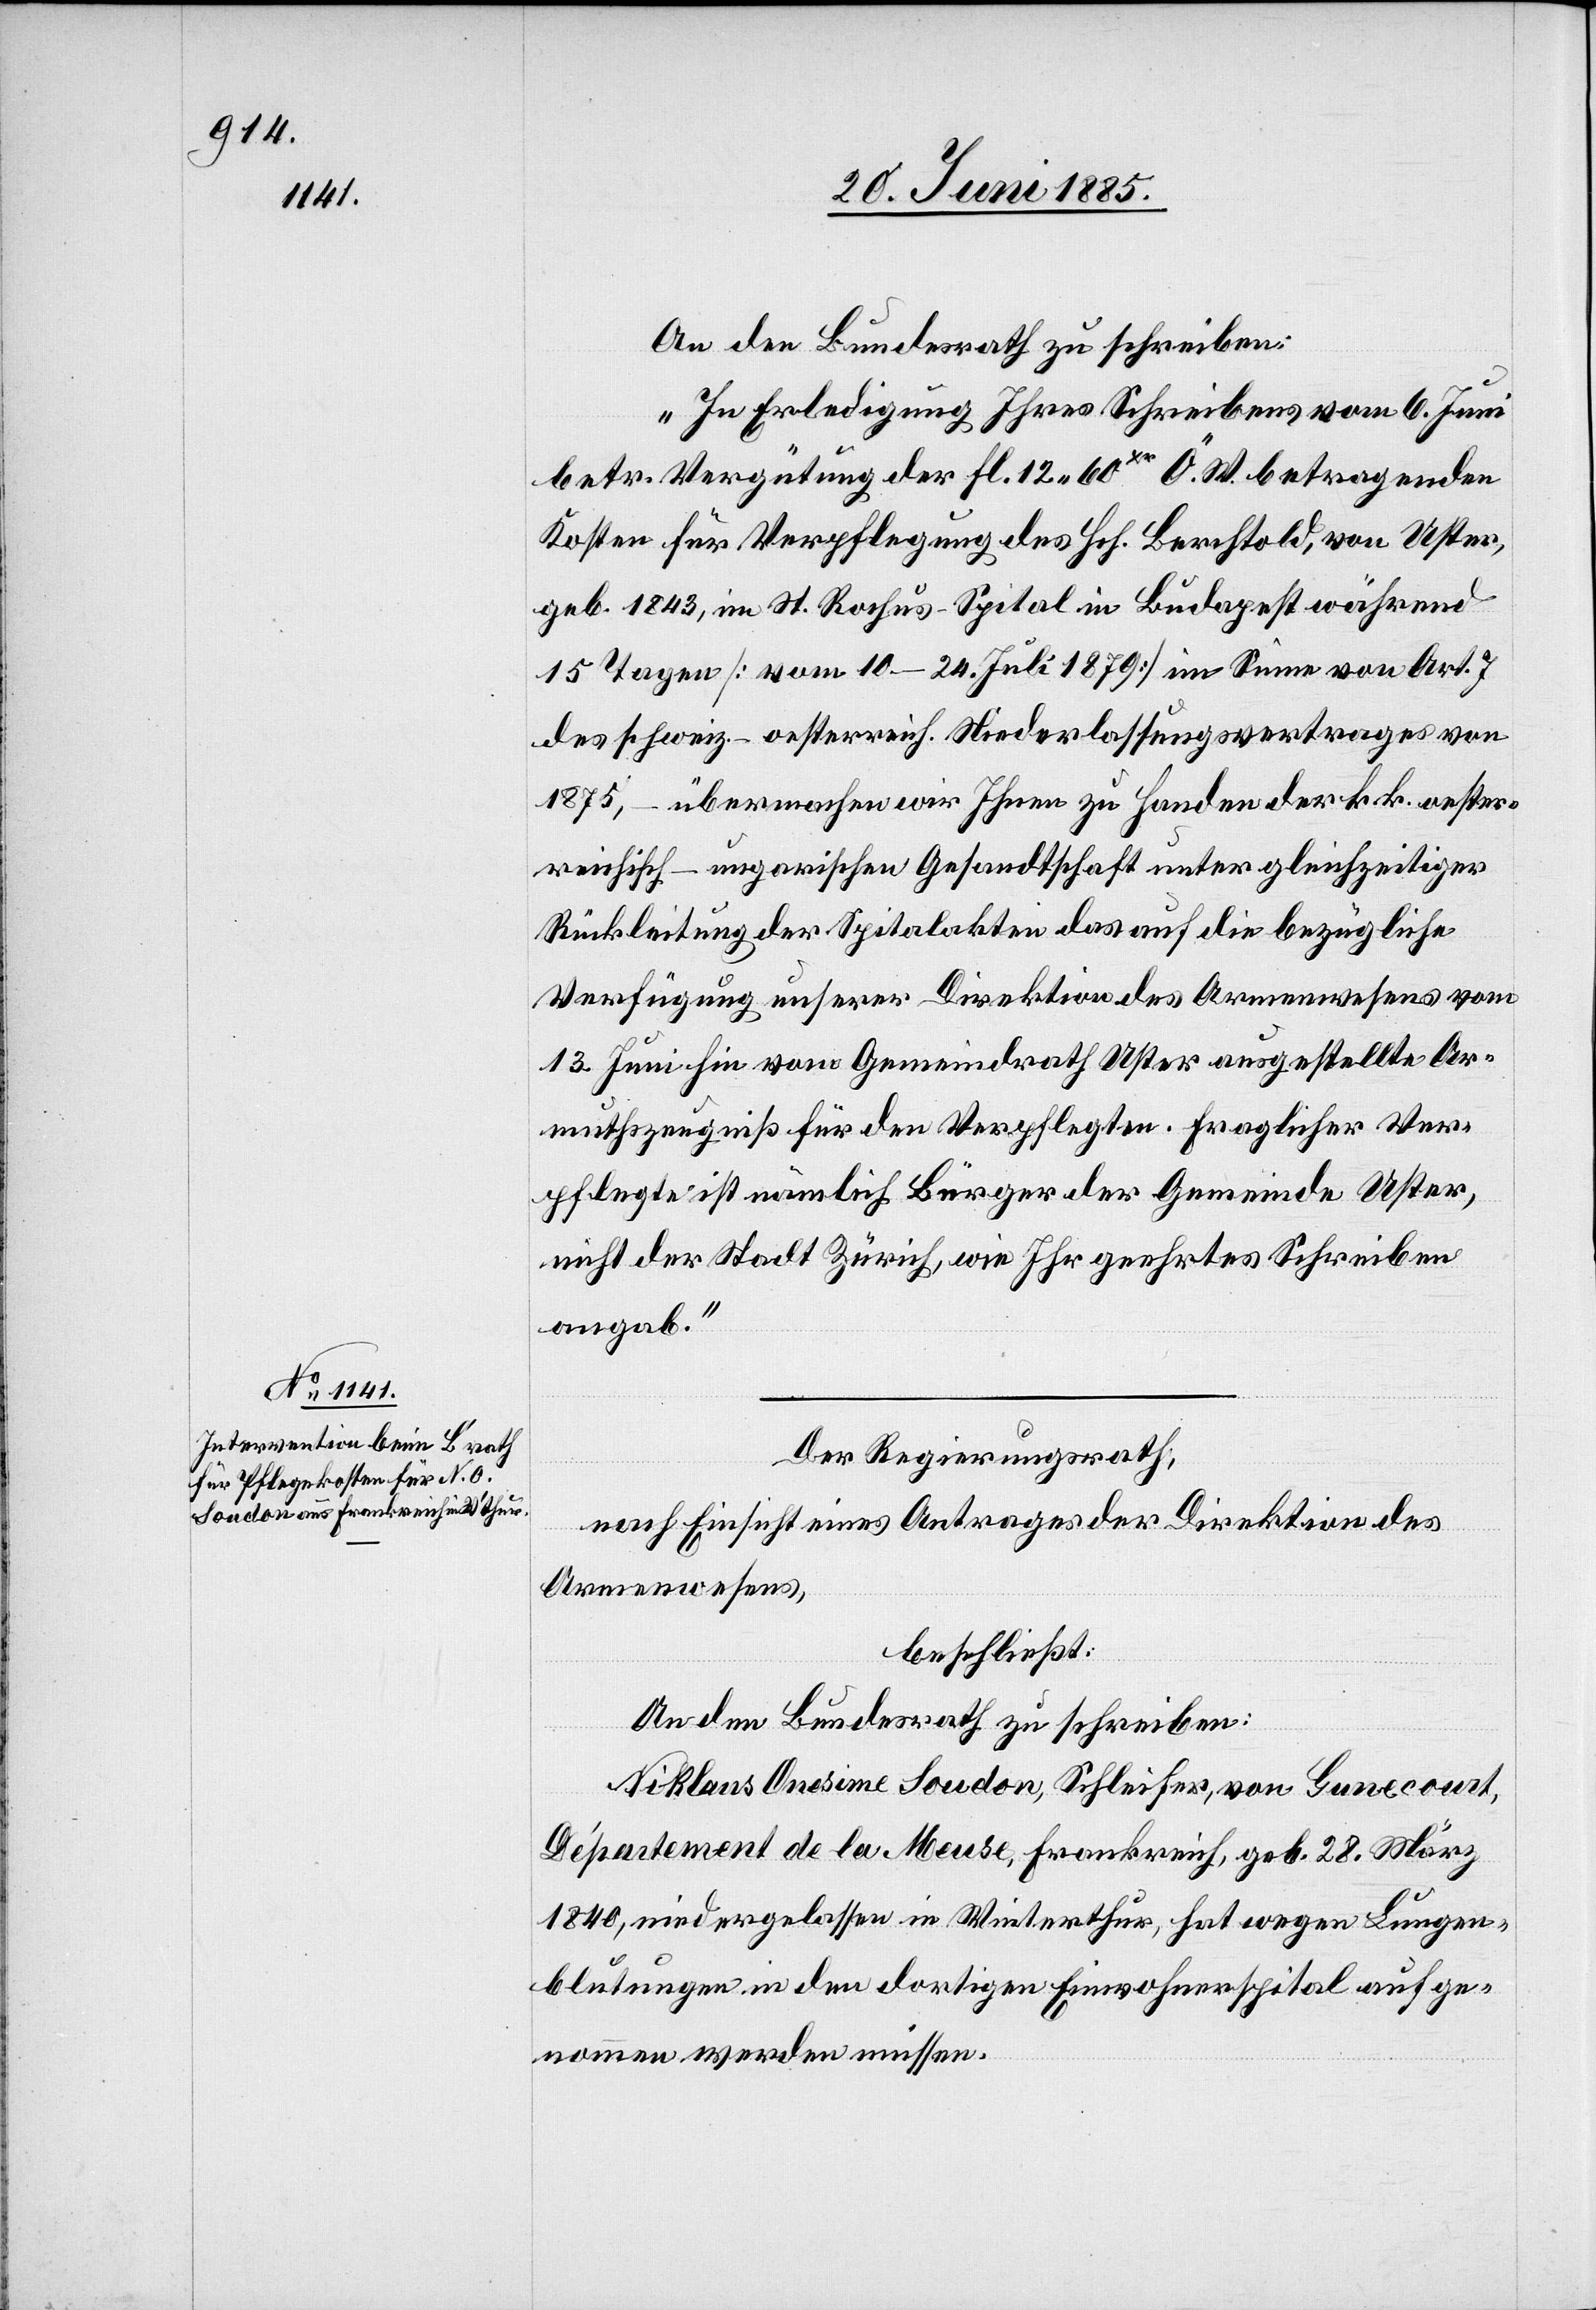
An den Bundesrath zu schreiben:
„In Erledigung Ihres Schreibens vom 6. Juni
betr. Vergütung der Fl. 12 60 Xr Ö. W. betragenden
Kosten für Verpflegung des Hch. Berchtold, von Uster,
geb. 1843, in St. Rochus-Spital in Budapest während
15 Tagen [vom 10–24. Juli 1879] im Sinne von Art. 7
des schweiz.-oesterreich. Niederlassungsvertrages von
1875, – übermachen wir Ihnen zu Handen der k. k. oester¬
reichisch-ungarischen Gesandtschaft unter gleichzeitiger
Rückleitung der Spitalakten das auf die bezügliche
Verfügung unserer Direktion des Armenwesens vom
13. Juni hin vom Gemeindrath Uster ausgestellte Ar¬
mutszeugniß für den Verpflegten. Fraglicher Ver¬
pflegte ist nämlich Bürger der Gemeinde Uster,
nicht der Stadt Zürich, wie Ihr geehrtes Schreiben
angab.“
Der Regierungsrath,
nach Einsicht eines Antrages der Direktion des
Armenwesens,
beschließt:
An den Bundesrath zu schreiben:
Niklaus Onesime Soudon, Schleifer, von Gunecourt,
Département de la Meuse, Frankreich, geb. 28. März
1840, niedergelassen in Winterthur, hat wegen Lungen¬
blutungen in den dortigen Einwohnerspital aufge¬
nommen werden müssen.